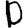
Digit: 0